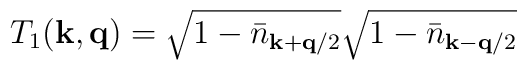
T_{1}({\bf{k}}, {\bf{q}}) = \sqrt{ 1 - {\bar{n}}_{ {\bf{k}} + {\bf{q}}/2 } }\sqrt{ 1 - {\bar{n}}_{ {\bf{k}} - {\bf{q}}/2 } }